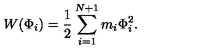
W ( \Phi _ { i } ) = { \frac { 1 } { 2 } } \sum _ { i = 1 } ^ { N + 1 } m _ { i } \Phi _ { i } ^ { 2 } .